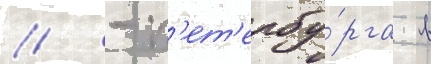
// - п'ет'ербу́рга в